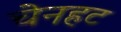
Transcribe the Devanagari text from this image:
चेनहट